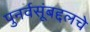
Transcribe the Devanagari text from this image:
पुनर्वसूंबद्दलचे